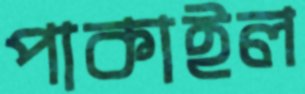
পাকাইল